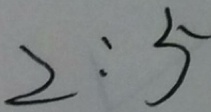
2 : 5